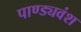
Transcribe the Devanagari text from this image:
पाण्ड्यवंश